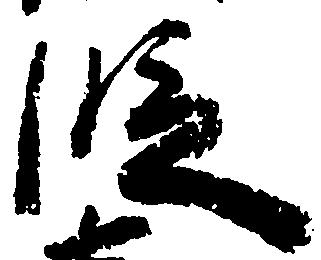
段